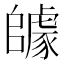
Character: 𨼽